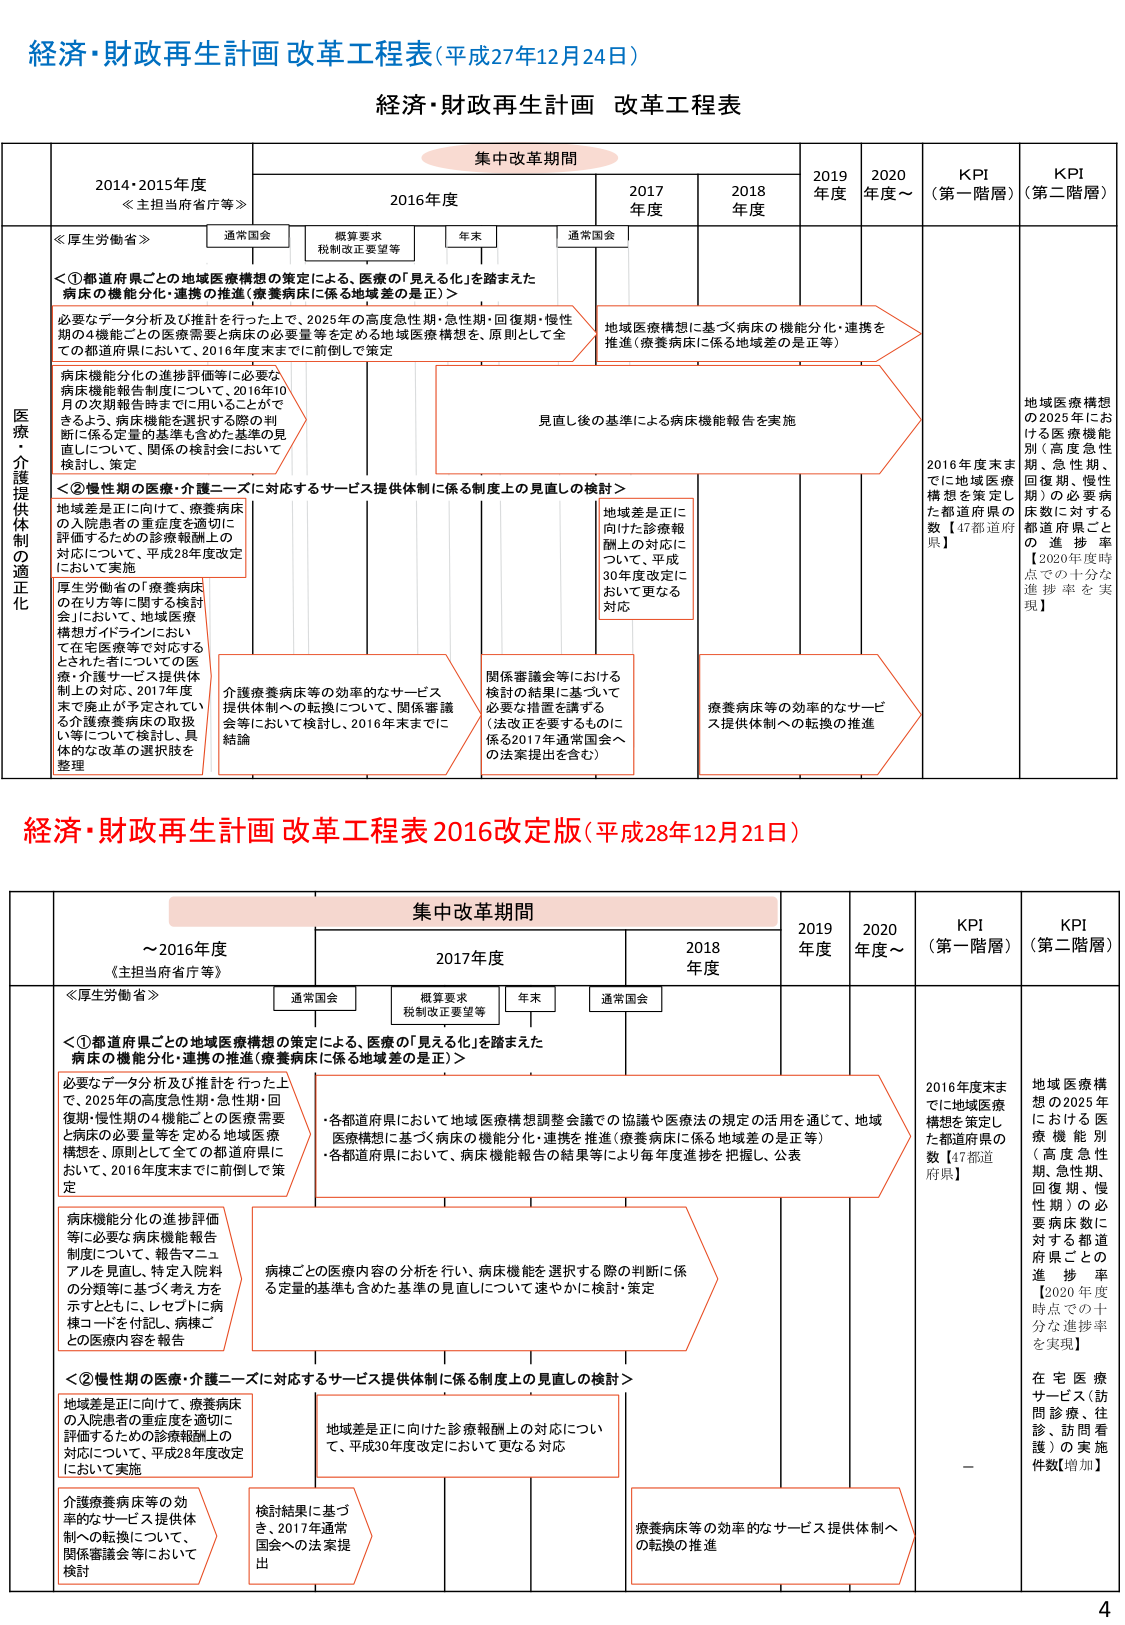
経済・財政再生計画 改革工程表（平成27年12月24日）

経済・財政再生計画 改革工程表

集中改革期間

2014・2015年度
≪主担当府省庁等≫

2016年度

2017年度

2018年度

2019年度

2020年度～

KPI（第一階層）

KPI（第二階層）

≪厚生労働省≫

通常国会

概算要求
税制改正要望等

年末

通常国会

医療・介護提供体制の適正化

＜①都道府県ごとの地域医療構想の策定による、医療の「見える化」を踏まえた病床の機能分化・連携の推進（療養病床に係る地域差の是正）＞

必要なデータ分析及び推計を行った上で、2025年の高度急性期・急性期・回復期・慢性期の4機能ごとの医療需要と病床の必要量等を定める地域医療構想を、原則として全ての都道府県において、2016年度末までに前倒しで策定

地域医療構想に基づく病床の機能分化・連携を推進（療養病床に係る地域差の是正等）

見直し後の基準による病床機能報告を実施

2016年度末までに地域医療構想を策定した都道府県の数【47都道府県】

地域医療構想の2025年における医療機能別（高度急性期、急性期、回復期、慢性期）の必要病床数に対する都道府県ごとの進捗率【2020年度時点での十分な進捗率を実現】

病床機能分化の進捗評価等に必要な病床機能報告制度について、2016年10月の次期報告時までに用いることができるよう、病床機能を選択する際の判断に係る定量的基準も含めた基準の見直しについて、関係の検討会において検討・策定

＜②慢性期の医療・介護ニーズに対応するサービス提供体制に係る制度上の見直しの検討＞

地域差是正に向けて、療養病床の入院患者の重症度を適切に評価するための診療報酬上の対応について、平成28年度改定において実施

地域差是正に向けた診療報酬上の対応について、平成30年度改定において更なる対応

厚生労働省の「療養病床の在り方等に関する検討会」において、地域医療構想ガイドラインにおいて在宅医療等で対応するとされた者についての医療・介護サービス提供体制上の対応、2017年度末で廃止が予定されている介護療養病床の取扱い等について検討し、具体的な改革の選択肢を整理

介護療養病床等の効率的なサービス提供体制への転換について、関係審議会等において検討し、2016年末までに結論

関係審議会等における検討の結果に基づいて必要な措置を講ずる（法改正を要するものに係る2017年通常国会への法案提出を含む）

療養病床等の効率的なサービス提供体制への転換の推進

経済・財政再生計画 改革工程表 2016改定版（平成28年12月21日）

集中改革期間

～2016年度
≪主担当府省庁等≫

2017年度

2018年度

2019年度

2020年度～

KPI（第一階層）

KPI（第二階層）

≪厚生労働省≫

通常国会

概算要求
税制改正要望等

年末

通常国会

＜①都道府県ごとの地域医療構想の策定による、医療の「見える化」を踏まえた病床の機能分化・連携の推進（療養病床に係る地域差の是正）＞

必要なデータ分析及び推計を行った上で、2025年の高度急性期・急性期・回復期・慢性期の4機能ごとの医療需要と病床の必要量等を定める地域医療構想を、原則として全ての都道府県において、2016年度末までに前倒しで策定

・各都道府県において地域医療構想調整会議での協議や医療法の規定の活用を通じて、地域医療構想に基づく病床の機能分化・連携を推進（療養病床に係る地域差の是正等）
・各都道府県において、病床機能報告の結果等により毎年度進捗を把握し、公表

2016年度末までに地域医療構想を策定した都道府県の数【47都道府県】

地域医療構想の2025年における医療機能別（高度急性期、急性期、回復期、慢性期）の必要病床数に対する都道府県ごとの進捗率【2020年度時点での十分な進捗率を実現】

病床機能分化の進捗評価等に必要な病床機能報告制度について、報告マニュアルを見直し、特定入院料の分類等に基づく考え方を示すとともに、レセプトに病棟コードを付記し、病棟ごとの医療内容を報告

病棟ごとの医療内容の分析を行い、病床機能を選択する際の判断に係る定量的基準も含めた基準の見直しについて速やかに検討・策定

＜②慢性期の医療・介護ニーズに対応するサービス提供体制に係る制度上の見直しの検討＞

地域差是正に向けて、療養病床の入院患者の重症度を適切に評価するための診療報酬上の対応について、平成28年度改定において実施

地域差是正に向けた診療報酬上の対応について、平成30年度改定において更なる対応

介護療養病床等の効率的なサービス提供体制への転換について、関係審議会等において検討

検討結果に基づき、2017年通常国会への法案提出

療養病床等の効率的なサービス提供体制への転換の推進

在宅医療サービス（訪問診療、往診、訪問看護）の実施件数【増加】

4